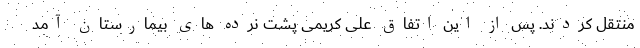
منتقل کردند. پس از این اتفاق علی کریمی پشت نرده های بیمارستان آمد